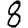
Digit: 8